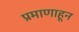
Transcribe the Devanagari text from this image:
प्रमाणाहून